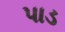
પાડ